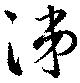
涕